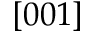
[ 0 0 1 ]